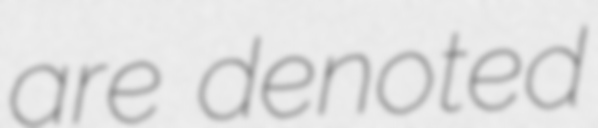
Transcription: are denoted